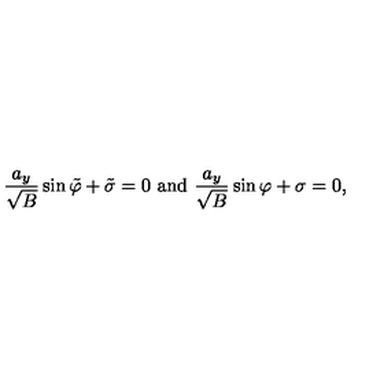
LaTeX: \frac { a _ { y } } { \sqrt B } \sin \tilde { \varphi } + \tilde { \sigma } = 0 \mathrm { \ a n d \ } \frac { a _ { y } } { \sqrt B } \sin \varphi + \sigma = 0 ,